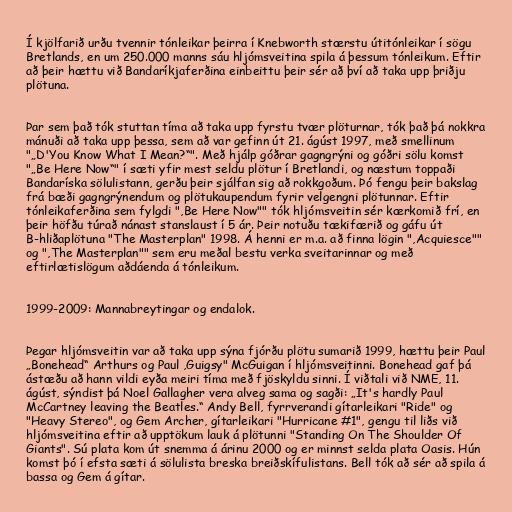
Í kjölfarið urðu tvennir tónleikar þeirra í Knebworth stærstu útitónleikar í sögu
Bretlands, en um 250.000 manns sáu hljómsveitina spila á þessum tónleikum. Eftir
að þeir hættu við Bandaríkjaferðina einbeittu þeir sér að því að taka upp þriðju
plötuna.

Þar sem það tók stuttan tíma að taka upp fyrstu tvær plöturnar, tók það þá nokkra
mánuði að taka upp þessa, sem að var gefinn út 21. ágúst 1997, með smellinum
"„D'You Know What I Mean?“". Með hjálp góðrar gagngrýni og góðri sölu komst
"„Be Here Now“" í sæti yfir mest seldu plötur í Bretlandi, og næstum toppaði
Bandaríska sölulistann, gerðu þeir sjálfan sig að rokkgoðum. Þó fengu þeir bakslag
frá bæði gagngrýnendum og plötukaupendum fyrir velgengni plötunnar. Eftir
tónleikaferðina sem fylgdi ",Be Here Now"" tók hljómsveitin sér kærkomið frí, en
þeir höfðu túrað nánast stanslaust í 5 ár. Þeir notuðu tækifærið og gáfu út
B-hliðaplötuna "The Masterplan" 1998. Á henni er m.a. að finna lögin ",Acquiesce""
og ",The Masterplan"" sem eru meðal bestu verka sveitarinnar og með
eftirlætislögum aðdáenda á tónleikum.

1999-2009: Mannabreytingar og endalok.

Þegar hljómsveitin var að taka upp sýna fjórðu plötu sumarið 1999, hættu þeir Paul
„Bonehead“ Arthurs og Paul ,Guigsy" McGuigan í hljómsveitinni. Bonehead gaf þá
ástæðu að hann vildi eyða meiri tíma með fjöskyldu sinni. Í viðtali við NME, 11.
ágúst, sýndist þá Noel Gallagher vera alveg sama og sagði: „It's hardly Paul
McCartney leaving the Beatles.“ Andy Bell, fyrrverandi gítarleikari "Ride" og
"Heavy Stereo", og Gem Archer, gítarleikari "Hurricane #1", gengu til liðs við
hljómsveitina eftir að upptökum lauk á plötunni "Standing On The Shoulder Of
Giants". Sú plata kom út snemma á árinu 2000 og er minnst selda plata Oasis. Hún
komst þó í efsta sæti á sölulista breska breiðskífulistans. Bell tók að sér að spila á
bassa og Gem á gítar.